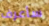
سأعرف